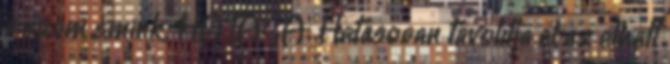
a szem smink. HATÁSA: Hatásosan távolítja el az elhalt